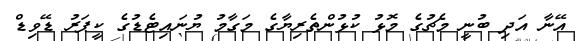
އޭނާ އަދި ބުނީ މެޗުގެ މޮޅު ކުޅުންތެރިޔާގެ މަގާމު ޔުނައިޓެޑުގެ ކީޕަރު ޑޭވިޑް